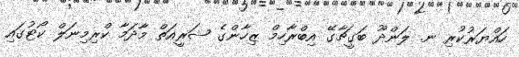
ހައްޔަރުކުރި ނ. ލަންދޫ ބަގީޗާގޭ އިބްރާހިމް ޒިހާންގެ ޝަރީއަތް މާދަމާ ކްރިމިނަލް ކޯޓުގައި